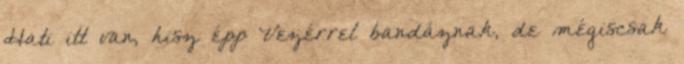
Hati itt van, hisz épp Vezérrel bandáznak, de mégiscsak